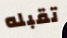
تقبله